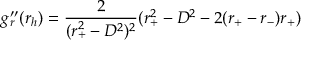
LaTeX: g _ { r } ^ { \prime \prime } ( r _ { h } ) = { \frac { 2 } { ( r _ { + } ^ { 2 } - D ^ { 2 } ) ^ { 2 } } } ( r _ { + } ^ { 2 } - D ^ { 2 } - 2 ( r _ { + } - r _ { - } ) r _ { + } )